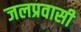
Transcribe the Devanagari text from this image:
जलप्रवासी